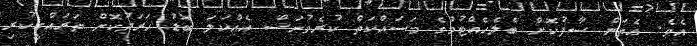
އެވެ. އެތަން ސާފުކޮށް ބެލެހެއްޓުމުގެ މަސައްކަތް ކުރެވުނަސް އެއްކަލަ ބޮޑު ހަރަދުކޮށް ތަރައްގީކުރި